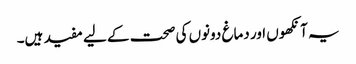
یہ آنکھوں اور دماغ دونوں کی صحت کے لیے مفید ہیں۔